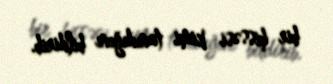
bir hissəsi kimi tanıdığını bildirib.